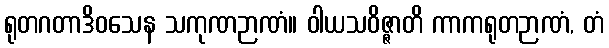
ရုတဂတာဒိဝသေန သကုဏဉာဏံ။ ဝါယသဝိဇ္ဇာတိ ကာကရုတဉာဏံ, တံ